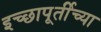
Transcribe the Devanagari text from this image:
इच्छापूर्तीच्या